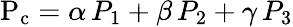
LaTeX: \mathrm{P_{c}}=\alpha\, P_{1}+\beta\, P_{2}+\gamma\, P_{3}